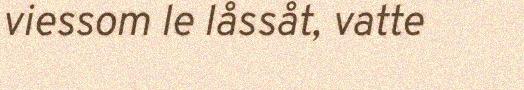
viessom le låssåt, vatte